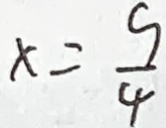
x = \frac { 9 } { 4 }